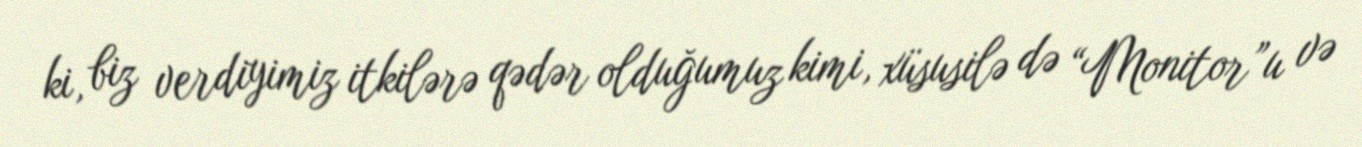
ki, biz verdiyimiz itkilərə qədər olduğumuz kimi, xüsusilə də “Monitor”u və